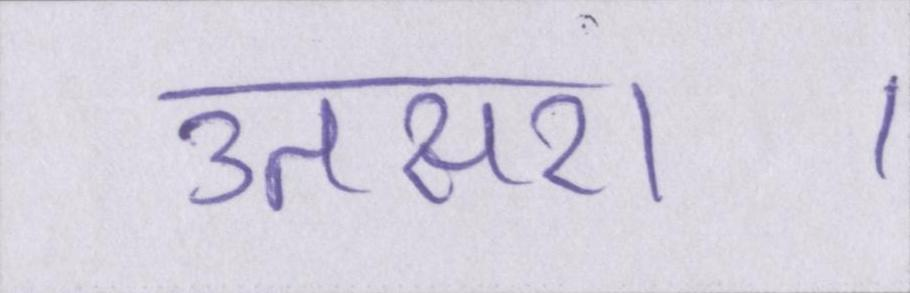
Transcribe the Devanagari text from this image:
उतसरा।